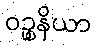
ဝဉ္စနိယာ